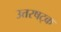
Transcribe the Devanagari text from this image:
उत्तरषट्क